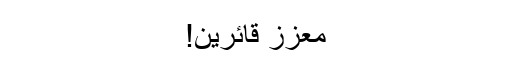
معزز قائرین!